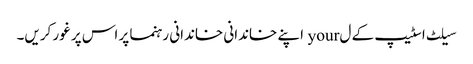
سیلٹ اسٹیپ کے ل your اپنے خاندانی خاندانی رہنما پر اس پر غور کریں۔